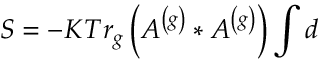
S = - K T r _ { g } \left( A ^ { \left( g \right) } \ast A ^ { \left( g \right) } \right) \int d